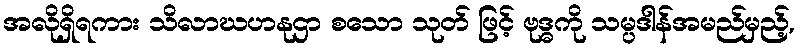
အလိုရှိရကား သိလာဃဟနုဌာ စသော သုတ် ဖြင့် ဗုဒ္ဓကို သမ္ပဒါန်အမည်မှည့်,